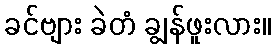
ခင်ဗျား ခဲတံ ချွန်ဖူးလား။